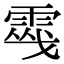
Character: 𩃔